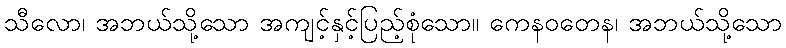
သီလော၊ အဘယ်သို့သော အကျင့်နှင့်ပြည့်စုံသော။ ကေနဝတေန၊ အဘယ်သို့သော